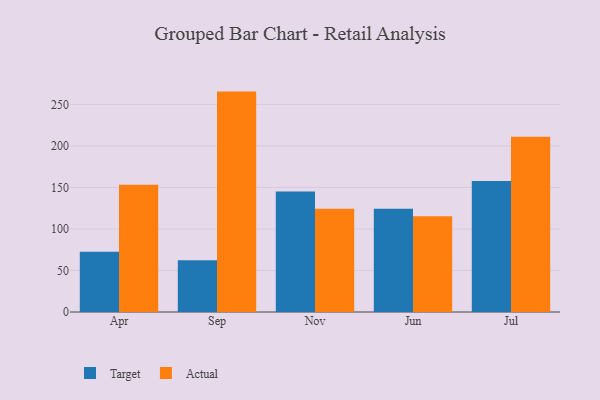
{"axis": {"x": "Month", "y": "Waste Production (Tons)"}, "legend": ["Actual", "Target"], "data": [{"x": "Apr", "y": 72.6, "type": "Target"}, {"x": "Apr", "y": 153.1, "type": "Actual"}, {"x": "Sep", "y": 62.3, "type": "Target"}, {"x": "Sep", "y": 265.4, "type": "Actual"}, {"x": "Nov", "y": 145.2, "type": "Target"}, {"x": "Nov", "y": 124.4, "type": "Actual"}, {"x": "Jun", "y": 124.3, "type": "Target"}, {"x": "Jun", "y": 115.3, "type": "Actual"}, {"x": "Jul", "y": 157.6, "type": "Target"}, {"x": "Jul", "y": 211.1, "type": "Actual"}]}